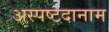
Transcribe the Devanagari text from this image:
अस्पष्टदानाम